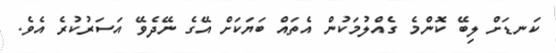
ކަނޑަށް ލިބޭ ކޮންމެ ގެއްލުމަކުން އެތައް ބަޔަކަށް އޭގެ ނޭދެވޭ އަސަރުކުރެ އެވެ.